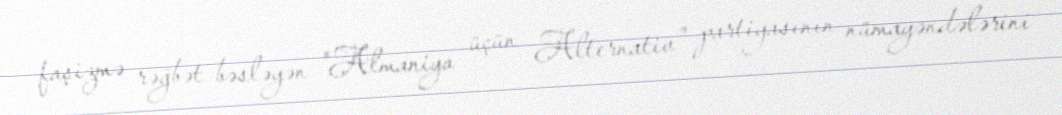
faşizmə rəğbət bəsləyən "Almaniya üçün Alternativ" partiyasının nümayəndələrini